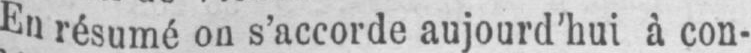
En résumé ou s’accorde aujourd’hui à con-